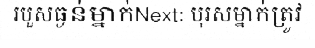
របួសធ្ងន់ម្នាក់Next: បុរសម្នាក់ត្រូវ